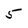
Character: 5